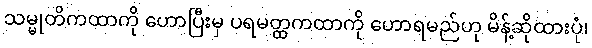
သမ္မုတိကထာကို ဟောပြီးမှ ပရမတ္ထကထာကို ဟောရမည်ဟု မိန့်ဆိုထားပုံ၊